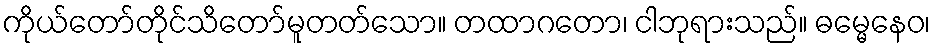
ကိုယ်တော်တိုင်သိတော်မူတတ်သော။ တထာဂတော၊ ငါဘုရားသည်။ ဓမ္မေနေဝ၊